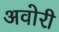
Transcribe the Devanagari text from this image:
अवोरी